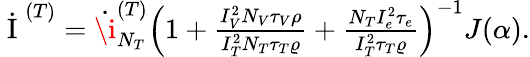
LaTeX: \begin{array}{r}{\dot{\mathrm{~I~}}^{(T)}=\dot{\i}_{N_{T}}^{(T)}\left(1+\frac{I_{V}^{2}N_{V}\tau_{V}\rho}{I_{T}^{2}N_{T}\tau_{T}\varrho}+\frac{N_{T}I_{e}^{2}\tau_{e}}{I_{T}^{2}\tau_{T}\varrho}\right)^{-1}J(\alpha).}\end{array}